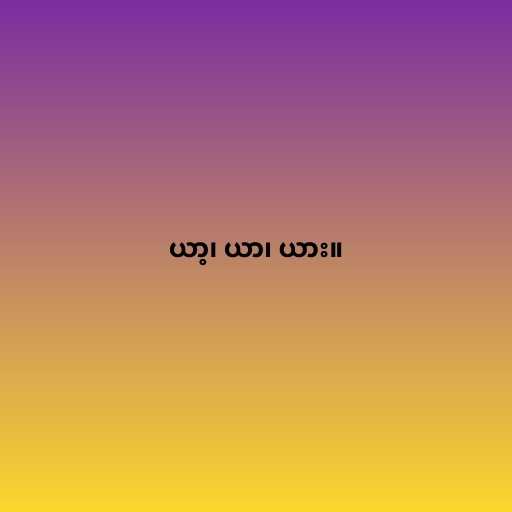
ယာ့၊ ယာ၊ ယား။